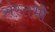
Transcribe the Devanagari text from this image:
संस्तभों